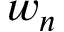
w _ { n }